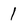
Character: l